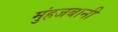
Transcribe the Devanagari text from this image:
मुंहजबानी